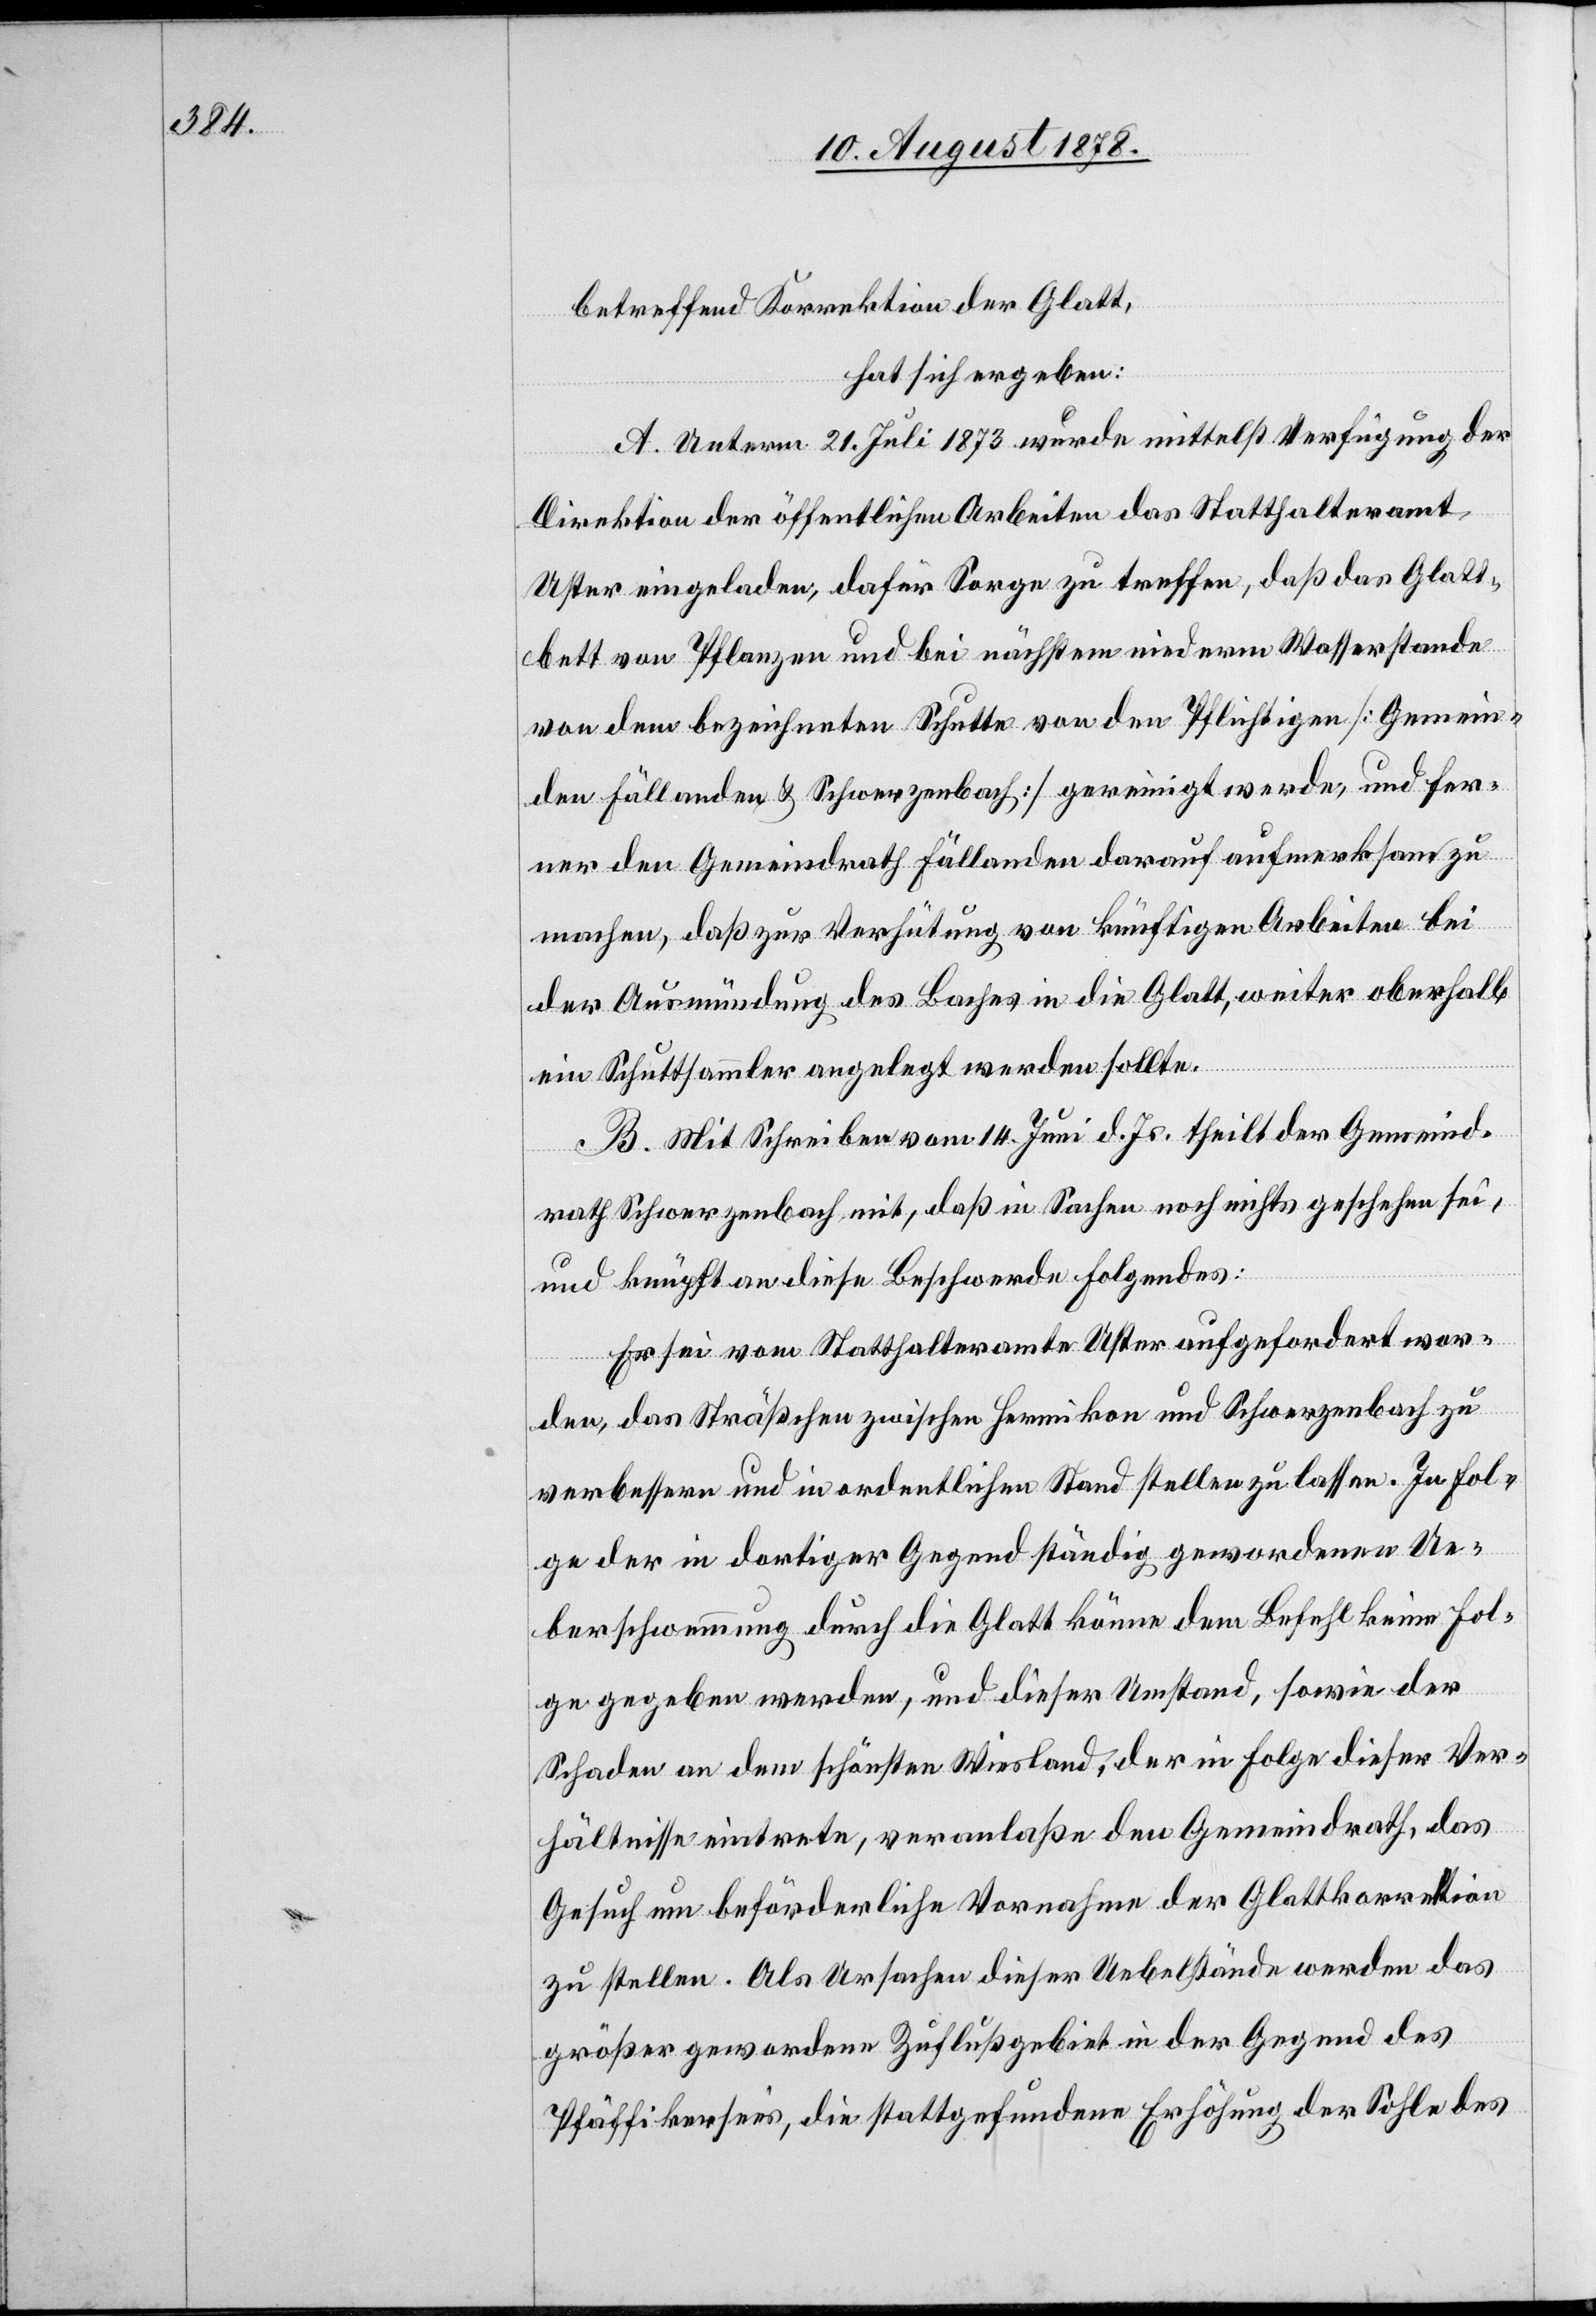
betreffend Korrektion der Glatt,
hat sich ergeben:
A. Unterm 21. Juli 1873 wurde mittelst Verfügung der
Direktion der öffentlichen Arbeiten das Statthalteramt
Uster eingeladen, dafür Sorge zu treffen, daß das Glatt¬
bett von Pflanzen und bei nächstem niederm Wasserstande
von dem bezeichneten Schutte von den Pflichtigen [Gemein¬
den Fällanden & Schwerzenbach] gereinigt werde, und fer¬
ner den Gemeindrath Fällanden darauf aufmerksam zu
machen, daß zur Verhütung von künftigen Arbeiten bei
der Ausmündung des Baches in die Glatt, weiter oberhalb
ein Schuttsammler angelegt werden sollte.
B. Mit Schreiben am 14. Juni d. Js. theilt der Gemeind¬
rath Schwerzenbach mit, daß in Sachen noch nichts geschehen sei,
und knüpft an die Beschwerde Folgendes:
Er sei vom Statthalteramt Uster aufgefordert wor¬
den, das Sträßchen zwischen Hermikon und Schwerzenbach zu
verbessern und in ordentlichen Stand stellen zu lassen. In Fol¬
ge der in dortiger Gegend ständig gewordenen Ue¬
berschwemmung durch die Glatt könne dem Befehl keine Fol¬
ge gegeben werden, und dieser Umstand, sowie der
Schaden an dem schönsten Wiesland, der in Folge dieser Ver¬
hältnisse eintrete, veranlasse den Gemeindrath, das
Gesuch um beförderliche Vornahme der Glattkorrektion
zu stellen. Als Ursachen dieser Uebelstände werden das
größer gewordene Zuflußgebiet in der Gegen des
Pfäffikersee’s, die stattgefundene Erhöhung der Sohle des